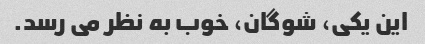
این یکی، شوگان، خوب به نظر می رسد.